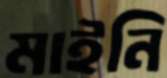
মাইনি